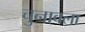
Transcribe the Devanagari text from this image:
चुनावला